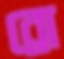
ব্রো